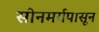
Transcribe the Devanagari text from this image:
सोनमर्गपासून